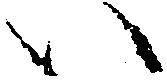
い